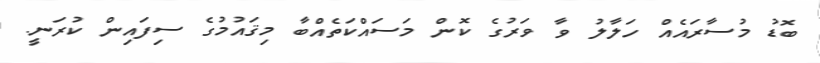
ބޮޑު މުސާރައެއް ހަލާލު ވާ ވަރުގެ ކޮން މަސައްކަތެއްބާ މިޤައުމުގެ ސިފައިން ކުރަނީ.